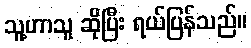
သူ့ဟာသူ ဆိုပြီး ရယ်ပြန်သည်။